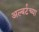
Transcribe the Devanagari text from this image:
अल्बर्टच्या